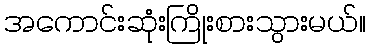
အကောင်းဆုံးကြိုးစားသွားမယ်။